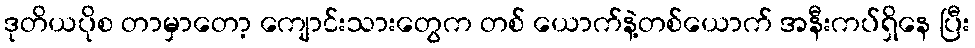
ဒုတိယပိုစ တာမှာတော့ ကျောင်းသားတွေက တစ် ယောက်နဲ့တစ်ယောက် အနီးကပ်ရှိနေ ပြီး